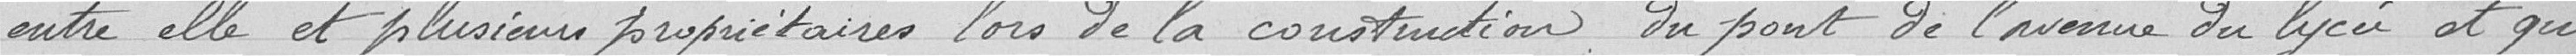
entre elle et plusieurs propriétaires lors de la construction du pont de l’avenue du lycée et qui